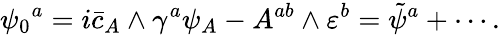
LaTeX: {\psi_{0}}^{a}=i\bar{c}_{A}\wedge\gamma^{a}\psi_{A}-A^{ab}\wedge\varepsilon^{b}={\tilde{\psi}}^{a}+\cdots.